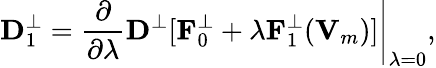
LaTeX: {\displaystyle{\mathbf D}_{1}^{\perp}=\left.\frac{\partial}{\partial\lambda}{\mathbf D}^{\perp}[{\mathbf F}_{0}^{\perp}+\lambda{\mathbf F}_{1}^{\perp}({\mathbf V}_{m})]\right\vert_{\lambda=0}},